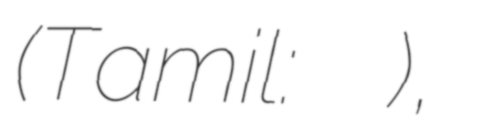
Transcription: (Tamil: மதுரைக் காஞ்சி),